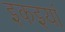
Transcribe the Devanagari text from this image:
इकइयां